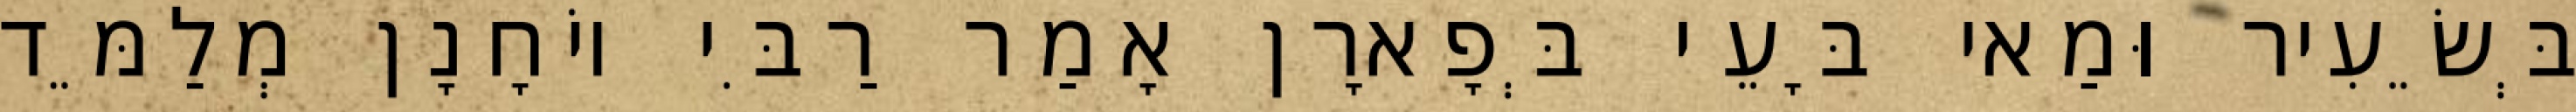
בְּשֵׂעִיר וּמַאי בָּעֵי בְּפָארָן אָמַר רַבִּי יוֹחָנָן מְלַמֵּד